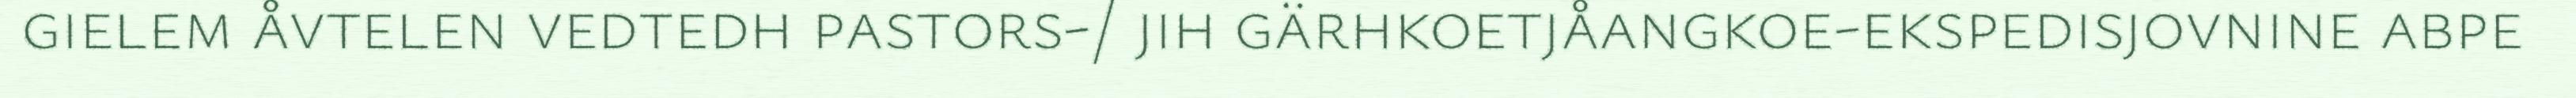
gielem åvtelen vedtedh pastors-/ jih gärhkoetjåangkoe-ekspedisjovnine abpe